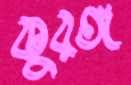
কুরঙ্গ